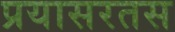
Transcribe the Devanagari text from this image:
प्रयासरतस